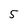
Character: 5